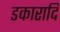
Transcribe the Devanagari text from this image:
डकारादि